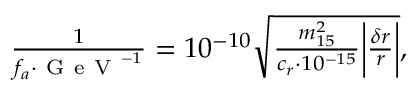
\begin{array} { r } { \frac { 1 } { f _ { a } \cdot \mathrm { ~ G ~ e ~ V ~ } ^ { - 1 } } = 1 0 ^ { - 1 0 } \sqrt { \frac { m _ { 1 5 } ^ { 2 } } { c _ { r } \cdot 1 0 ^ { - 1 5 } } \bigg | \frac { \delta r } { r } \bigg | } , } \end{array}